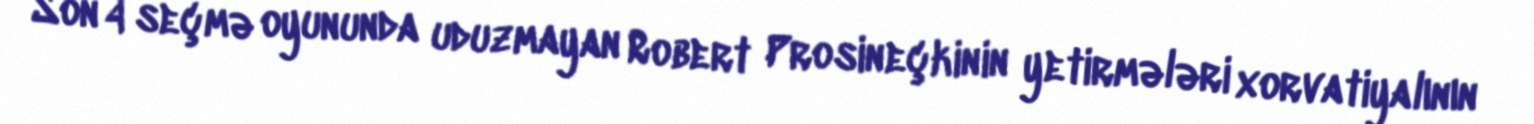
Son 4 seçmə oyununda uduzmayan Robert Prosineçkinin yetirmələri xorvatiyalının